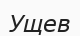
Ущев